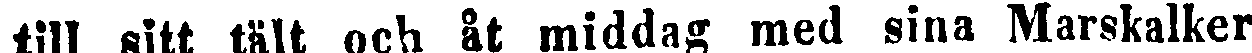
till sitt tält och åt middag med sina Marskalker.